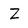
Character: Z